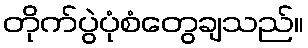
တိုက်ပွဲပုံစံတွေချသည်။